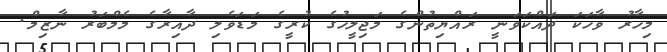
މިހާރު ވާހަކަ ދައްކަވަނީ ރައްޔިތުންގެ މަޖިލީހުގެ ކުރީގެ މަޑަވެލި ދާއިރާގެ މެމްބަރު ނާޒިމް.